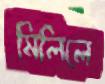
মিলিলে